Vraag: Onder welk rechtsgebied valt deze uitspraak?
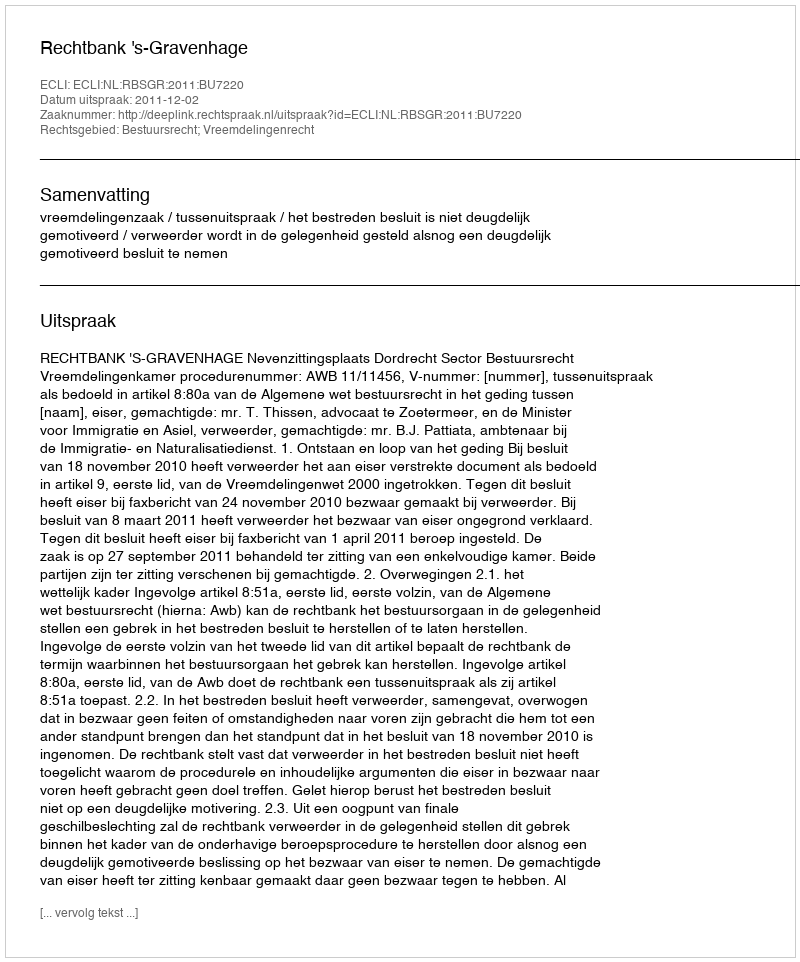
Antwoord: Bestuursrecht; Vreemdelingenrecht